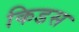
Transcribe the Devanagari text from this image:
किडस